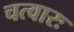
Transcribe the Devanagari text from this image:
चत्वारः